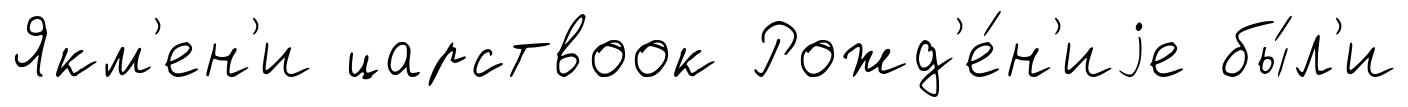
Якм'ен'и царствоок Рожд'е́н'иjе бы́л'и